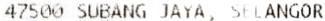
47500 SUBANG JAYA, SELANGOR